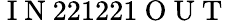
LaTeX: \mathrm{~I~N~}221221\mathrm{~O~U~T~}